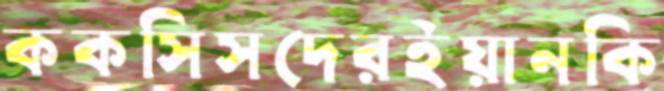
ককসিসদেরইয়ানকি